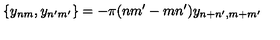
\{ y _ { n m } , y _ { n ^ { \prime } m ^ { \prime } } \} = - \pi ( n m ^ { \prime } - m n ^ { \prime } ) y _ { n + n ^ { \prime } , m + m ^ { \prime } }